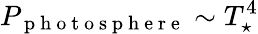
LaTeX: P_{\mathrm{~p~h~o~t~o~s~p~h~e~r~e~}}\sim T_{\star}^{4}